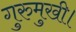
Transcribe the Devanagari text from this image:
गुरुमुखी।